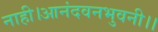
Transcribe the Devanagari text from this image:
नाही।आनंदवनभुवनी।।